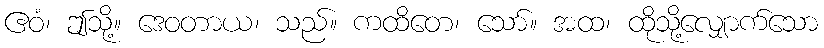
ဧဝံ၊ ဤသို့။ ဒေဝတာယ၊ သည်။ ကထိတေ၊ သော်။ အထ၊ ထိုသို့လျှောက်သော